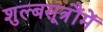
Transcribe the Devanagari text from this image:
शुल्बसूत्रौंमें